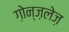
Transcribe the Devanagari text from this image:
ग़ोन्ज़लेज़